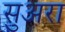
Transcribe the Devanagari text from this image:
सुअरा